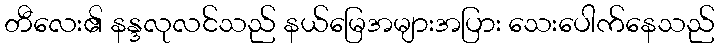
တီလေး၏ နန္ဒလုလင်သည် နယ်မြေအများအပြား သေးပေါက်နေသည်